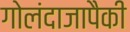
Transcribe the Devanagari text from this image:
गोलंदाजापैकी